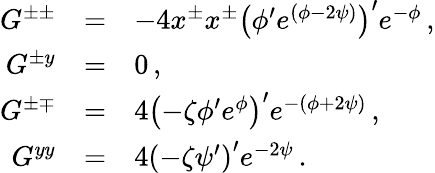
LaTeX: \begin{array}{rcl}{{G^{\pm\pm}}}&{{=}}&{{-4x^{\pm}x^{\pm}\left(\phi^{\prime}e^{(\phi-2\psi)}\right)^{\prime}e^{-\phi}\, ,}}\\ {{G^{\pm y}}}&{{=}}&{{0\, ,}}\\ {{G^{\pm\mp}}}&{{=}}&{{4\left(-\zeta\phi^{\prime}e^{\phi}\right)^{\prime}e^{-(\phi+2\psi)}\, ,}}\\ {{G^{yy}}}&{{=}}&{{4\left(-\zeta\psi^{\prime}\right)^{\prime}e^{-2\psi}\, .}}\end{array}